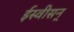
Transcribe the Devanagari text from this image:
ईस्वीसन्